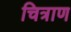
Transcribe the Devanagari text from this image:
चित्राण